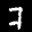
Label: 7